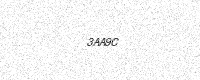
Text: 3AA9C